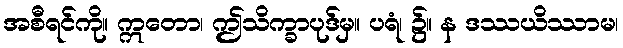
အစီရင်ကို။ ဣတော၊ ဤသိက္ခာပုဒ်မှ။ ပရံ၊ ၌။ န ဒဿယိဿာမ၊